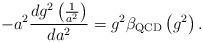
\begin{align*}-a^2\frac{dg^2\left(\frac{1}{a^2}\right)}{da^2}=g^2\beta_{\rm QCD}\left(g^2\right).\end{align*}